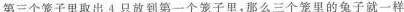
第三个笼子里取出4只放到第一个笼子里，那么三个笼里的兔子就一样